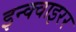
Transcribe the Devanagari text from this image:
इन्क्वाइरर